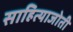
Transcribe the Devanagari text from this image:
साहित्याजोती